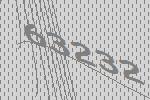
63232